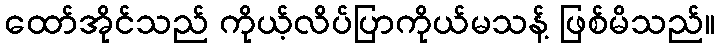
ထော်အိုင်သည် ကိုယ့်လိပ်ပြာကိုယ်မသန့် ဖြစ်မိသည်။